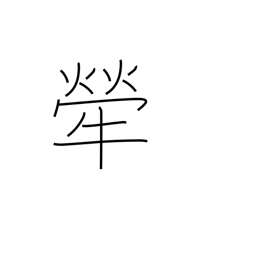
Meaning: brindled cow